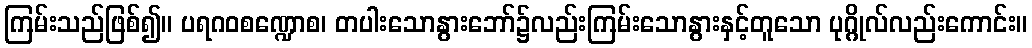
ကြမ်းသည်ဖြစ်၍။ ပရဂဝစဏ္ဍောစ၊ တပါးသောနွားဘော်၌လည်းကြမ်းသောနွားနှင့်တူသော ပုဂ္ဂိုလ်လည်းကောင်း။